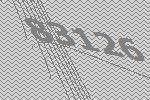
83126